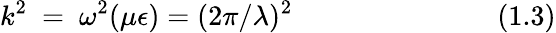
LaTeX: k^{2}~=~\omega^{2}(\mu\epsilon)=(2\pi/\lambda)^{2}~~~~~~~~~~~~~~~~~~~~~~~~~~~~~(1.3)